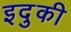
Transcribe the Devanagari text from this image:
इदुकी